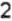
2